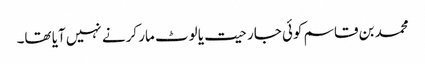
محمد بن قاسم کوئی جارحیت یا لوٹ مار کرنے نہیں آیا تھا۔